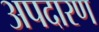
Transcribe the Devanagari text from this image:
अपदारण